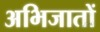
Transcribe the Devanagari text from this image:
अभिजातों